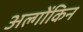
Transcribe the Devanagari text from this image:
अल्गोंकिन